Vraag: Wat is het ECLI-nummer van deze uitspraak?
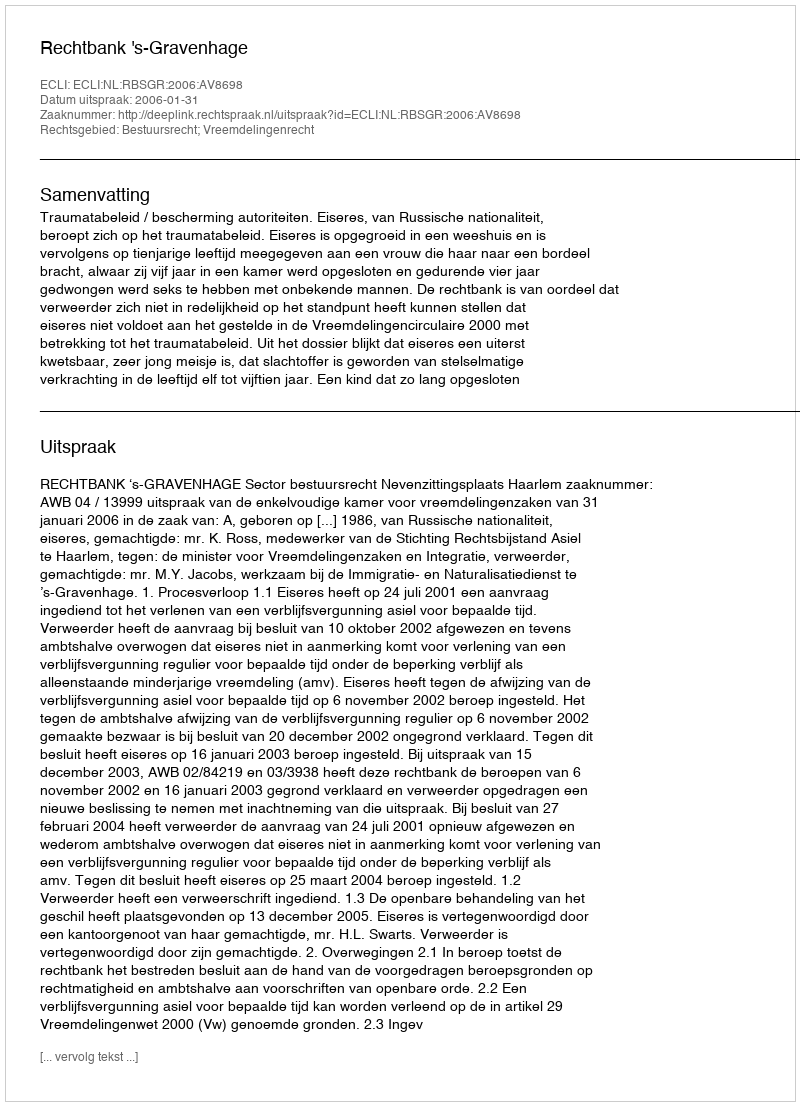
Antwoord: ECLI:NL:RBSGR:2006:AV8698